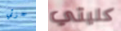
جزئي كليتي